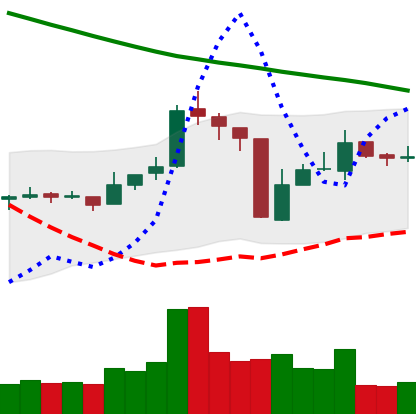
Ticker: TRX-USD
Chart end date: 2018-10-18
Forward return: -3.271%
Label: down_3_5